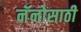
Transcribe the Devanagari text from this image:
नॅनोसाठी